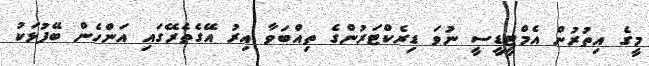
މީގެ އިތުރުން އެމްޓީޑީސީ ނުވަ ޑިރެކްޓަރުންގެ ތިއްބަވާ އިރު އޭގެތެރޭގައި އަންހެން ބޭފުޅަކު